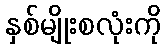
နှစ်မျိုးစလုံးကို